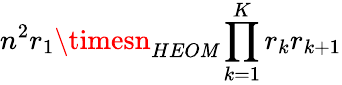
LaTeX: n^{2}r_{1}\timesn_{HEO\mathit{M}}\prod_{k=1}^{K}r_{k}r_{k+1}